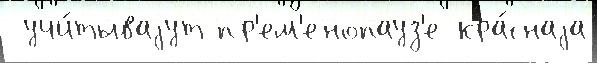
 учи́тываjут пр'ем'енопауз'е кра́снаjа